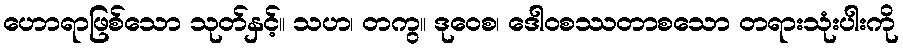
ဟောရာဖြစ်သော သုတ်နှင့်။ သဟ၊ တကွ။ ဒုဝေစ၊ ဒေါဝစဿတာစသော တရားသုံးပါးကို